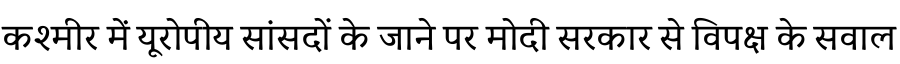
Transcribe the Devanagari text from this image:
कश्मीर में यूरोपीय सांसदों के जाने पर मोदी सरकार से विपक्ष के सवाल